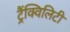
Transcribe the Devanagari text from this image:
ट्रैंक्विलिटी